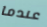
عندما